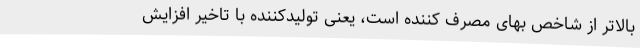
بالاتر از شاخص بهای مصرف کننده است، یعنی تولیدکننده با تاخیر افزایش